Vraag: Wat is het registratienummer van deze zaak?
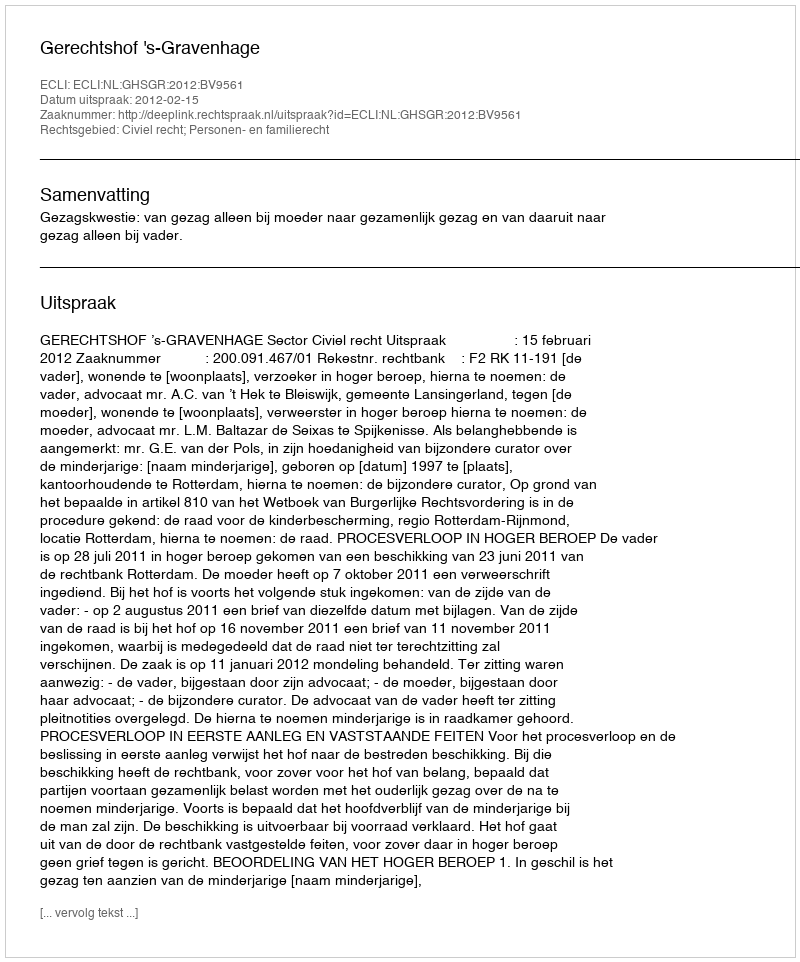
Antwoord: http://deeplink.rechtspraak.nl/uitspraak?id=ECLI:NL:GHSGR:2012:BV9561